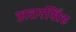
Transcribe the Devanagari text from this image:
अतरसिंह